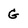
Character: g